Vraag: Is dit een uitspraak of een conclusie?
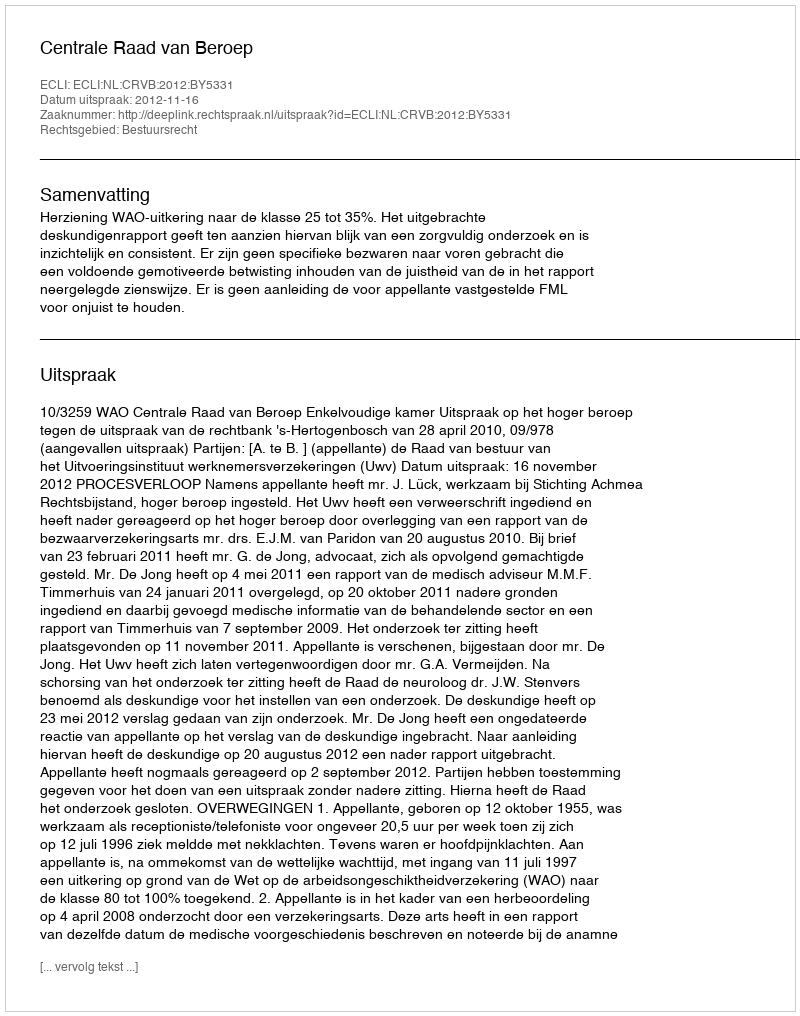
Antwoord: Uitspraak